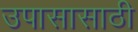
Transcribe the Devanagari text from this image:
उपासासाठी